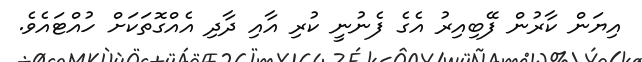
އިޔަން ކާރުން ފޭބިއިރު އެގެ ފެނުނީ ކުރި އާއި ދާދި އެއްގޮތަކަށް ހުއްޓައެވެ.